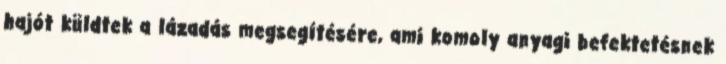
hajót küldtek a lázadás megsegítésére, ami komoly anyagi befektetésnek